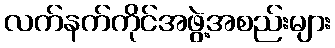
လက်နက်ကိုင်အဖွဲ့အစည်းများ